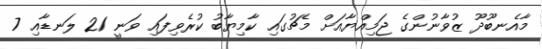
މާއެނބޫދޫ ޒުވާނުންގެ ޖަމިއްޔާއަށް މެޗުގައި ކާމިޔާބު ކުރެވިފައި ވަނީ 21 ލަނޑާއި 7